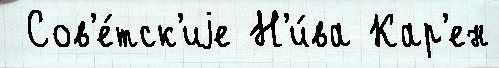
 Сов'е́тск'иjе Н'и́ва Кар'ен